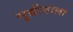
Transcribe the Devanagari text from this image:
सुग्रीवाला